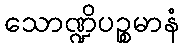
သောဏ္ဍိပဉ္စမာနံ